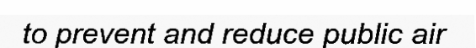
to prevent and reduce public air